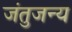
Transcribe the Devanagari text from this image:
जंतुजन्य